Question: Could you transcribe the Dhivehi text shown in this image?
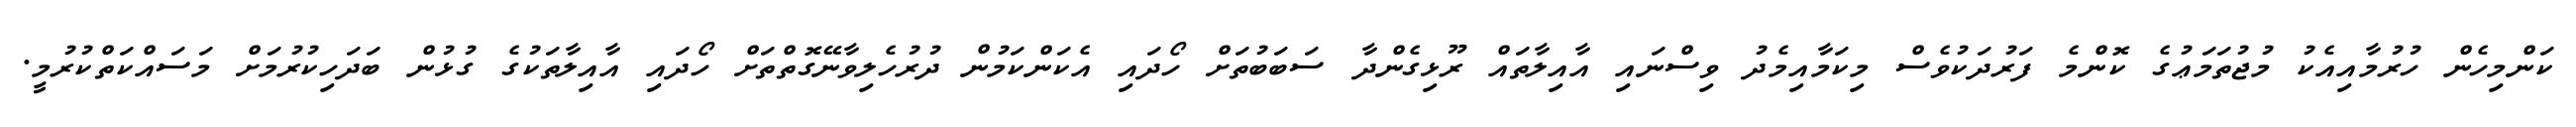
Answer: ކަންމިހެން ހުރުމާއިއެކު މުޖުތަމަޢުގެ ކޮންމެ ފަރުދަކުވެސް މިކަމާއިމެދު ވިސްނައި އާއިލާތައް ރޫޅިގެންދާ ސަބަބުތަށް ހޯދައި އެކަންކަމުން ދުރުހެލިވާނޭގޮތްތަށް ހޯދައި އާއިލާތަކުގެ ގުޅުން ބަދަހިކުރުމަށް މަސައްކަތްކުރުމީ.